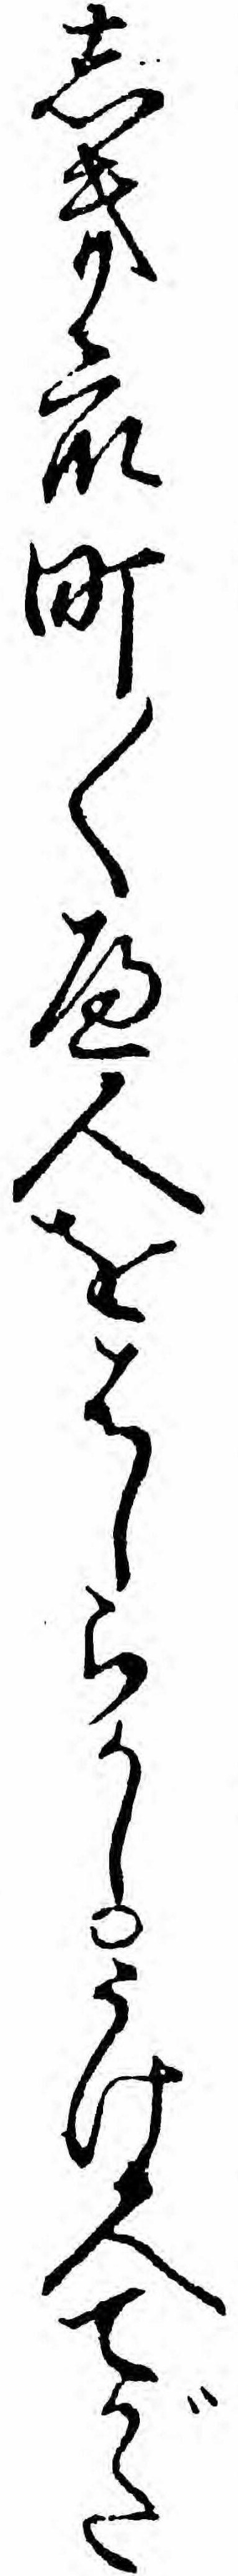
しき衆町〱へ人をはしらかしうけ人てがた